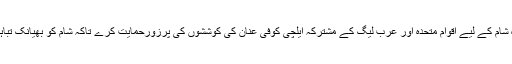
انہوں نے سلامتی کونسل سے کہا کہ وہ شام کے لیے اقوامِ متحدہ اور عرب لیگ کے مشترکہ ایلچی کوفی عنان کی کوششوں کی پرزورحمایت کرے تاکہ شام کو بھیانک تباہی سے کنارے سے واپس لایا جا سکے۔